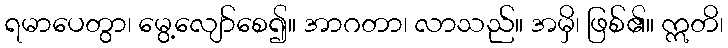
ရမာပေတွာ၊ မွေ့လျော်စေ၍။ အာဂတာ၊ လာသည်။ အမှိ၊ ဖြစ်၏။ ဣတိ၊